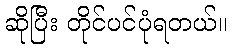
ဆိုပြီး တိုင်ပင်ပုံရတယ်။